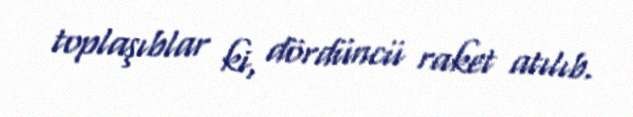
toplaşıblar ki, dördüncü raket atılıb.